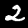
Digit: 2